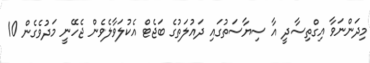
މިދަންނަވާ އިގްތިސާދީ އާ ސިޔާސަތުގައި ދައުލަތުގެ ބަޖެޓް އެކުލަވާލެވެން ޖެހޭނީ މަދުވެގެން 10